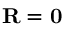
\mathbf { R } = \mathbf { 0 }